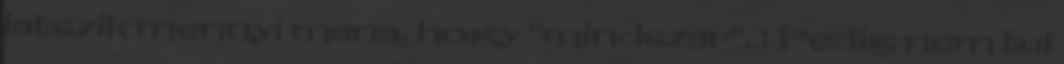
latszik mennyi mana, hogy "mindszar". : Pedig nem tul